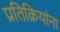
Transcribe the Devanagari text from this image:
प्रतिक्रियांना